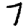
Digit: 7